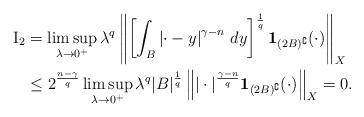
LaTeX: \begin{align*}\mathrm{I_2}&=\limsup_{\lambda\to0^+}\lambda^q\left\|\left[\int_{B}\left|\cdot-y\right|^{\gamma-n}\,dy\right]^{\frac{1}{q}}\mathbf{1}_{(2B)^\complement}(\cdot)\right\|_{X}\\&\leq2^{\frac{n-\gamma}{q}}\limsup_{\lambda\to0^+}\lambda^q|B|^{\frac{1}{q}}\left\||\cdot|^{\frac{\gamma-n}{q}}\mathbf{1}_{(2B)^\complement}(\cdot)\right\|_{X}=0.\end{align*}